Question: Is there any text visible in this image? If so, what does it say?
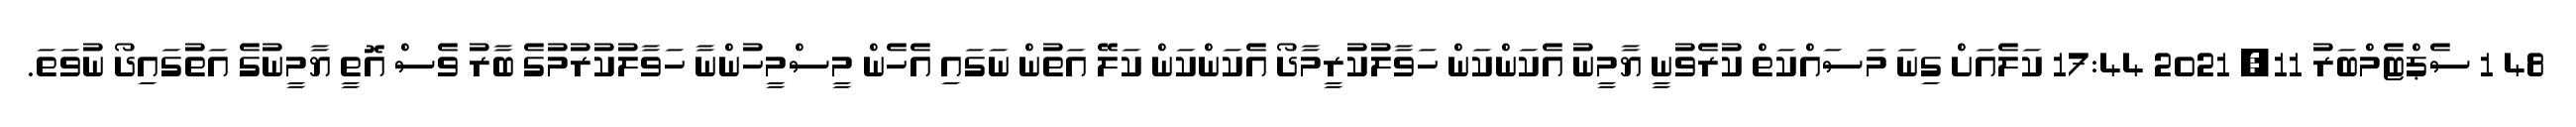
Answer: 48 1 ސެޕްޓެމްބަރު 11, 2021 17:44 ކަލެއަށް ގިނަ މަސައްކަތް ކުރެވުނީ ޔާމީނު އެކަންކަން ހަވާލުކުރީމާދޯ އެކަންކަން ކަލޭ އަތުން ނަގައި އެހެން މީސްމީހުންނާ ހަވާލުކުރުމުގެ ބާރު ވެސް އޮތީ ޔާމީނުގެ އަތުގައިދޯ ނުވަތަ.